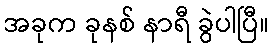
အခုက ခုနစ် နာရီ ခွဲပါပြီ။